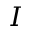
I